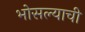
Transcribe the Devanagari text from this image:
भोसल्याची